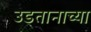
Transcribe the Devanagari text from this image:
उडतानाच्या